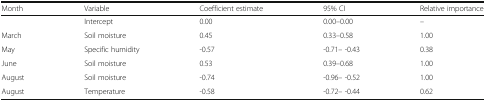
<table><thead><tr><td><b>Month</b></td><td><b>Variable</b></td><td><b>Coefficient estimate</b></td><td><b>95% CI</b></td><td><b>Relative importance</b></td></tr></thead><tbody><tr><td></td><td>Intercept</td><td>0.00</td><td>0.00–0.00</td><td>–</td></tr><tr><td>March</td><td>Soil moisture</td><td>0.45</td><td>0.33–0.58</td><td>1.00</td></tr><tr><td>May</td><td>Specific humidity</td><td>-0.57</td><td>-0.71– -0.43</td><td>0.38</td></tr><tr><td>June</td><td>Soil moisture</td><td>0.53</td><td>0.39–0.68</td><td>1.00</td></tr><tr><td>August</td><td>Soil moisture</td><td>-0.74</td><td>-0.96– -0.52</td><td>1.00</td></tr><tr><td>August</td><td>Temperature</td><td>-0.58</td><td>-0.72– -0.44</td><td>0.62</td></tr></tbody></table>